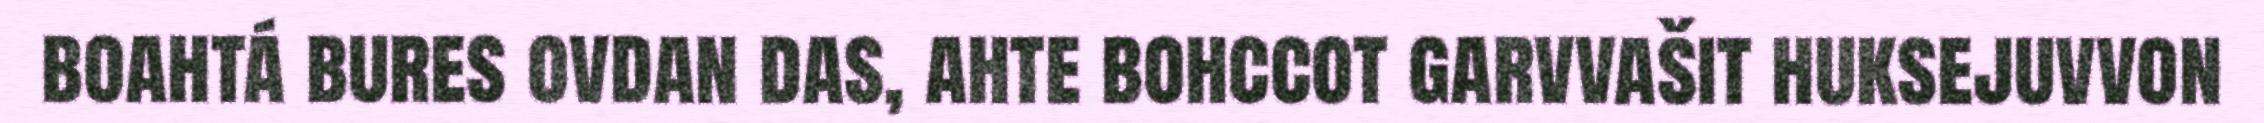
boahtá bures ovdan das, ahte bohccot garvvašit huksejuvvon